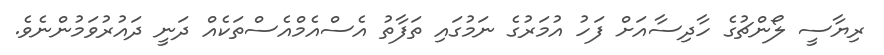
ރިޔާސީ ލޯންޗުގެ ހާދިސާއަށް ފަހު އުމަރުގެ ނަމުގައި ތަފާތު އެސްއެމްއެސްތަކެއް ދަނީ ދައުރުވަމުންނެވެ.